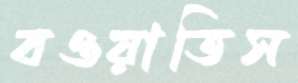
বওয়াতিস